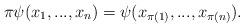
LaTeX: \begin{align*}\pi \psi ( x_1, ..., x_n ) = \psi ( x_{\pi (1) } , ... , x_{\pi (n) } ) .\end{align*}